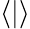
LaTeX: \langle\lvert\rangle